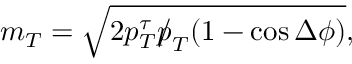
m _ { T } = \sqrt { 2 p _ { T } ^ { \tau } { p \! \! \! / } _ { T } ( 1 - \cos \Delta \phi ) } ,